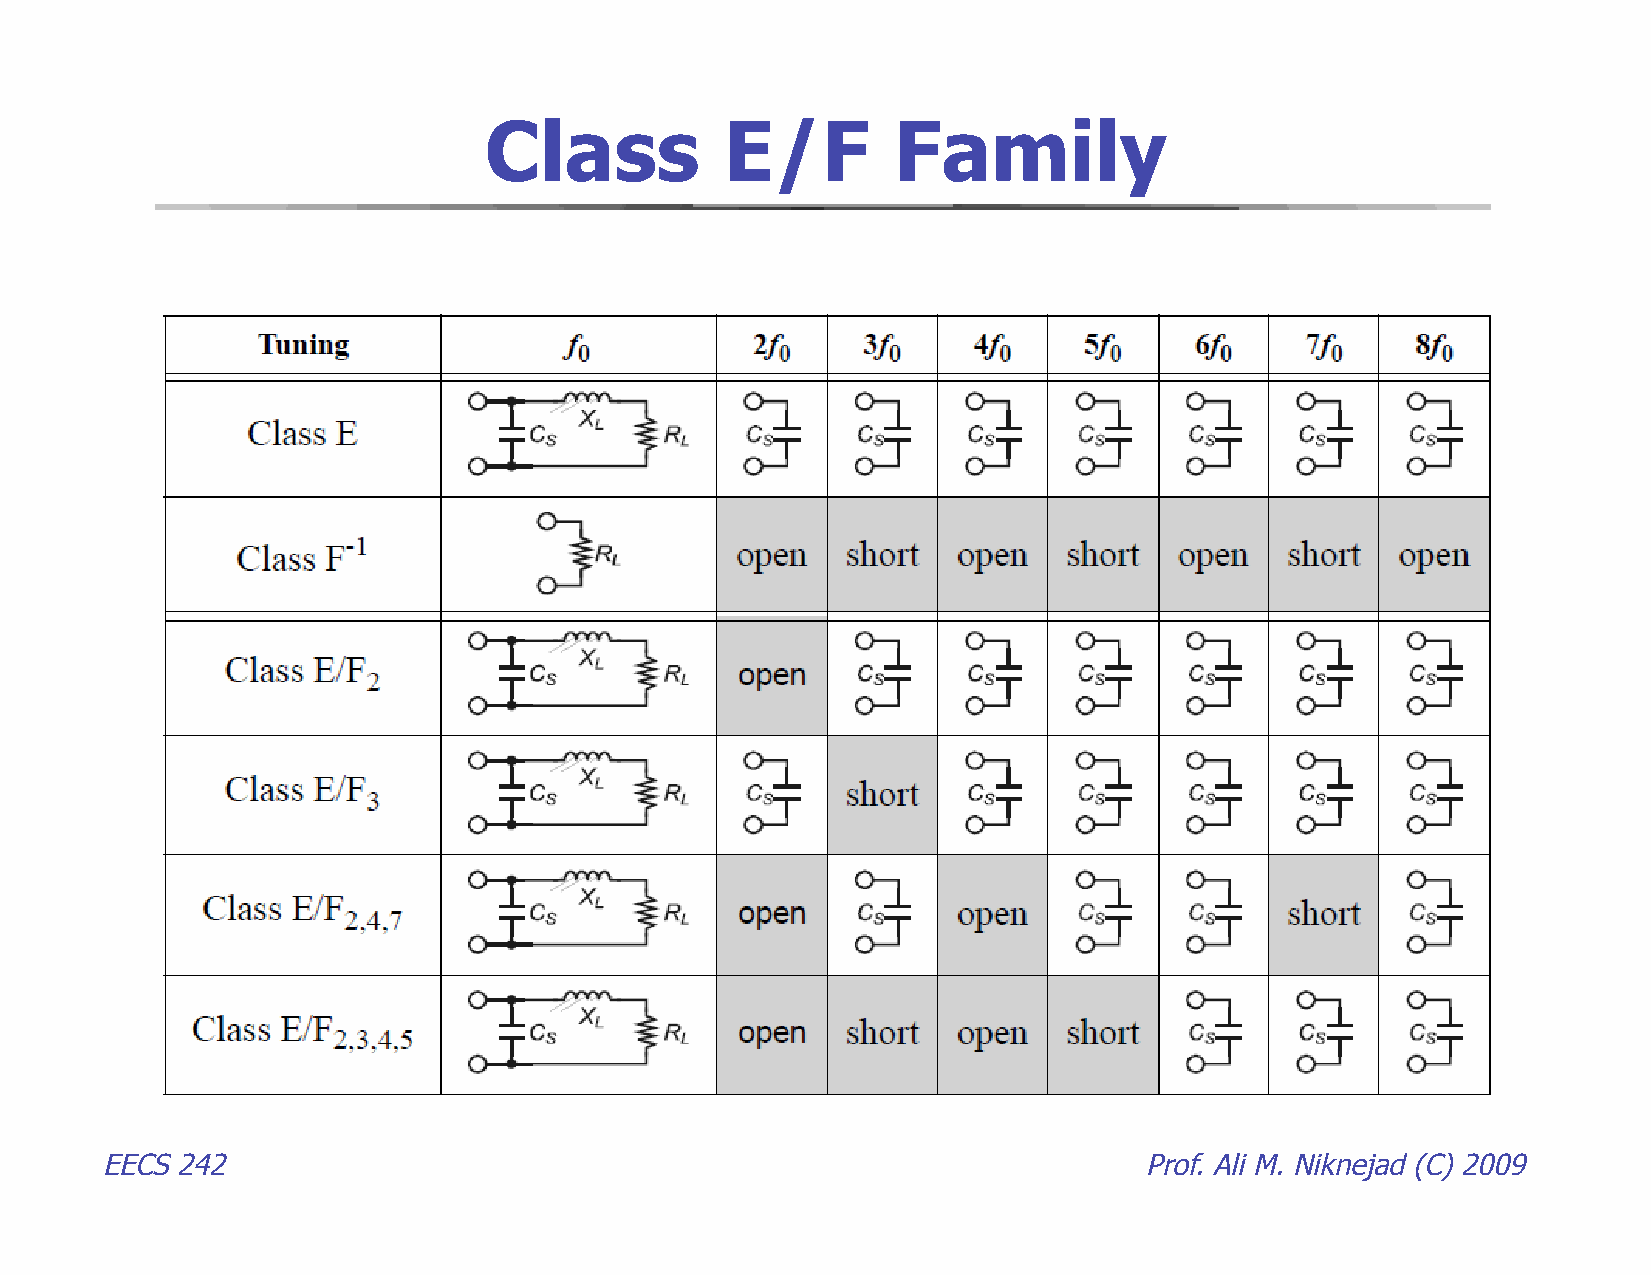
Class           E/F        Family
 EECS 242                                                             Prof. Ali M. Niknejad (C) 2009